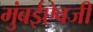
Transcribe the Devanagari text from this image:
मुंबईऐवजी